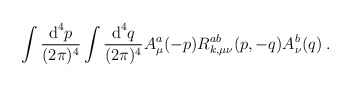
\begin{align*}\int\frac{\mbox{d}^4 p}{(2\pi)^4}\int\frac{\mbox{d}^4 q}{(2\pi)^4} A^a_\mu(-p) R^{ab}_{k,\mu\nu}(p,-q) A^b_\nu(q) \:.\end{align*}